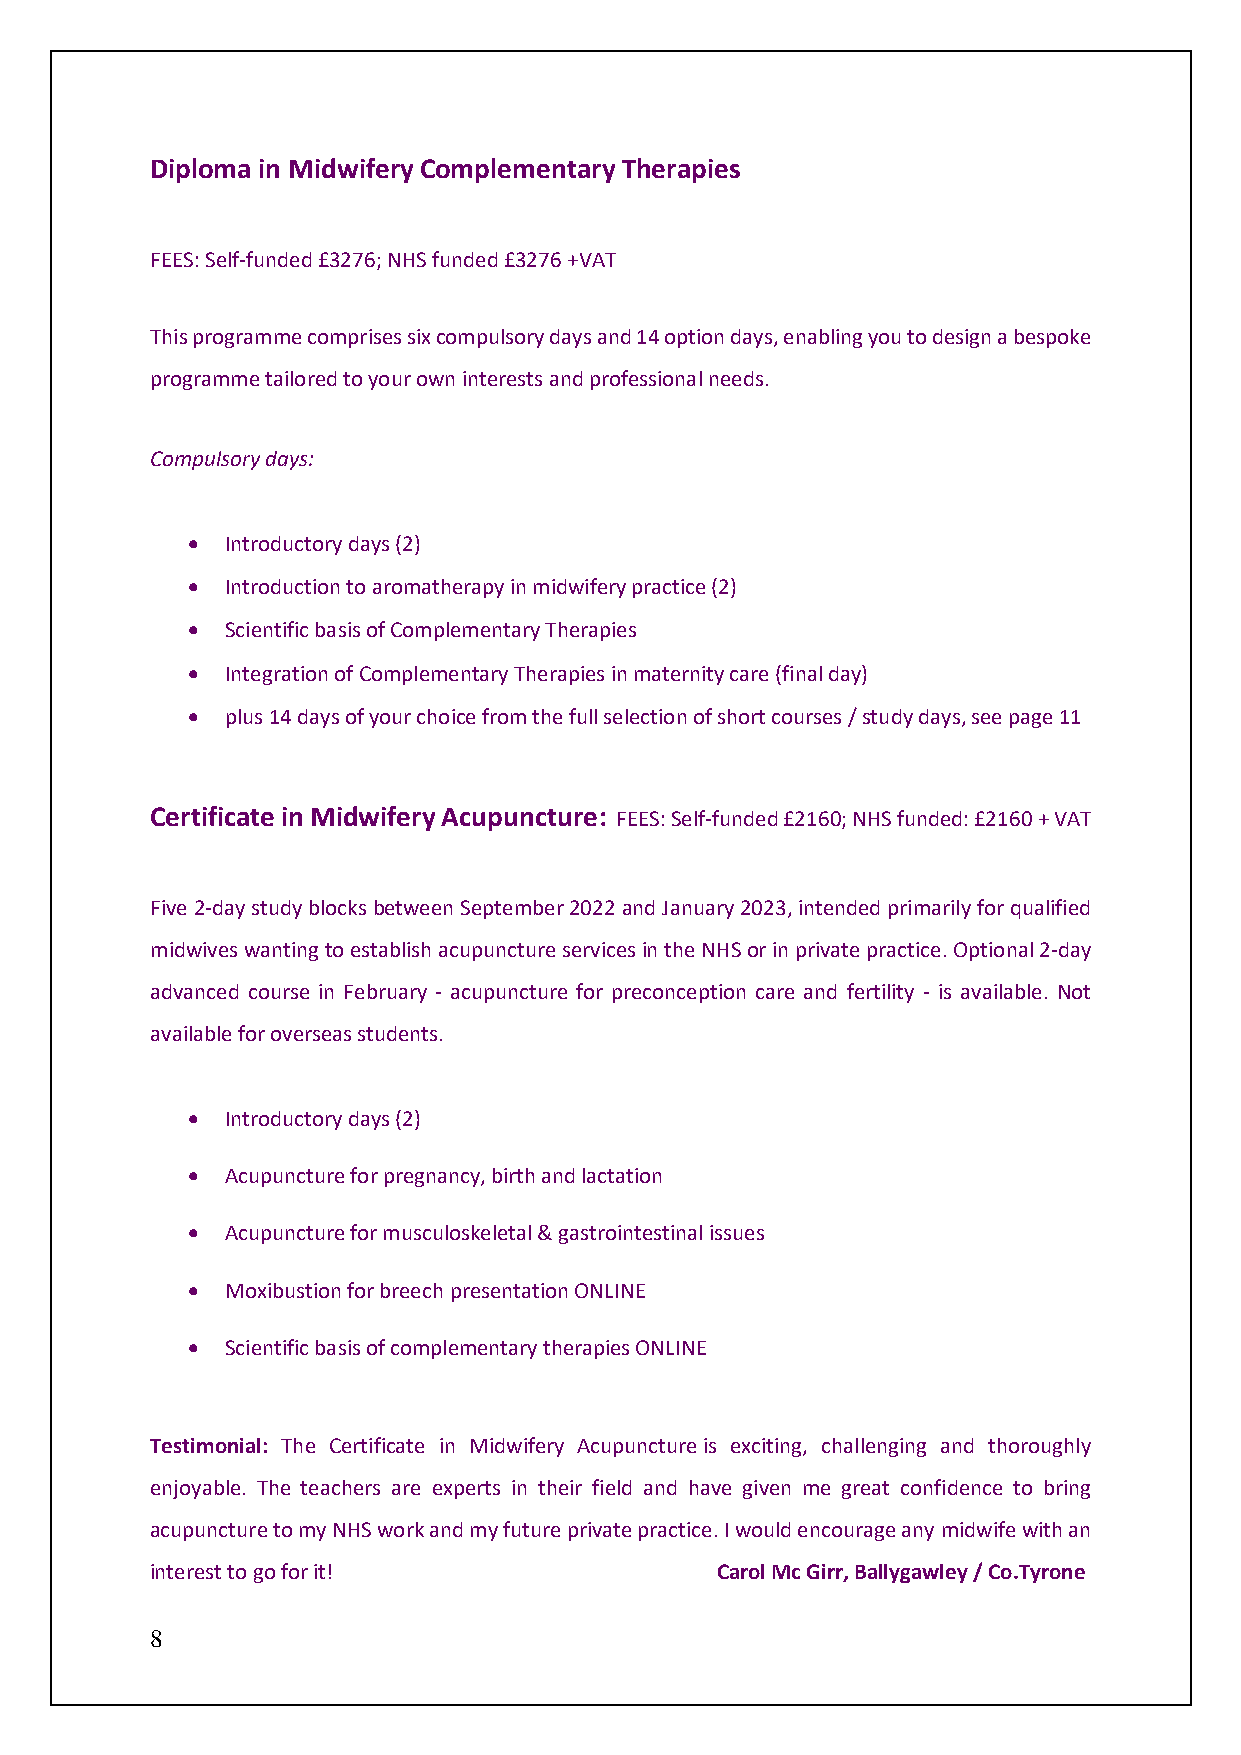
Diploma in Midwifery Complementary Therapies
 FEES: Self-funded £3276; NHS funded £3276 +VAT
 This programme comprises six compulsory days and 14 option days, enabling you to design a bespoke
 programme tailored to your own interests and professional needs.
 Compulsory days:
 •  Introductory days (2)
 •  Introduction to aromatherapy in midwifery practice (2)
 •  Scientific basis of Complementary Therapies
 •  Integration of Complementary Therapies in maternity care (final day)
 •  plus 14 days of your choice from the full selection of short courses / study days, see page 11
 Certificate in Midwifery Acupuncture: FEES: Self-funded £2160; NHS funded: £2160 + VAT
 Five 2-day study blocks between September 2022 and January 2023, intended primarily for qualified
 midwives wanting to establish acupuncture services in the NHS or in private practice. Optional 2-day
 advanced course in February - acupuncture for preconception care and fertility - is available. Not
 available for overseas students.
 •  Introductory days (2)
 •  Acupuncture for pregnancy, birth and lactation
 •  Acupuncture for musculoskeletal & gastrointestinal issues
 •  Moxibustion for breech presentation ONLINE
 •  Scientific basis of complementary therapies ONLINE
 Testimonial: The Certificate in Midwifery Acupuncture is exciting, challenging and thoroughly
 enjoyable. The teachers are experts in their field and have given me great confidence to bring
 acupuncture to my NHS work and my future private practice. I would encourage any midwife with an
 interest to go for it!               Carol Mc Girr, Ballygawley / Co.Tyrone
 8